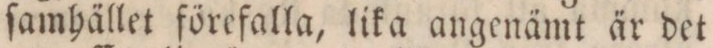
ſamhället förefalla, lika angenämt är det